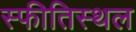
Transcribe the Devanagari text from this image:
स्फीतिस्थल